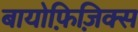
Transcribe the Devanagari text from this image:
बायोफ़िज़िक्स